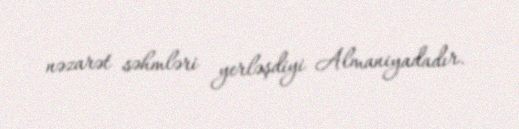
nəzarət səhmləri yerləşdiyi Almaniyadadır.